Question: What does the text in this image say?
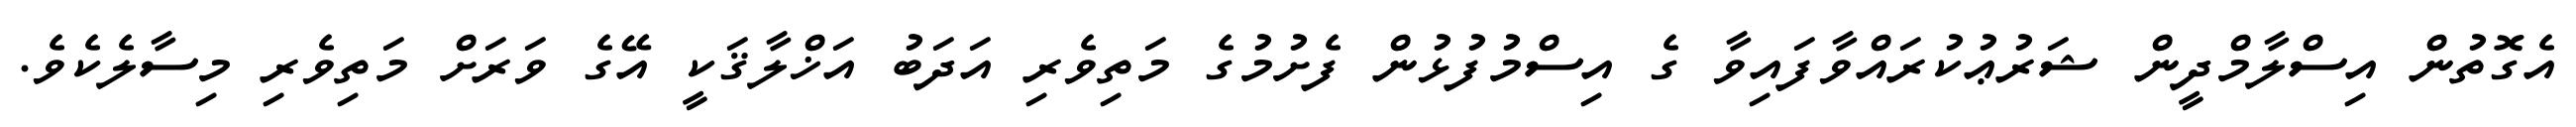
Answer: އެގޮތުން އިސްލާމްދީން ޝަރުޢުކުރައްވާފައިވާ ގެ އިސްމުފުޅުން ފެށުމުގެ މަތިވެރި އަދަބު އަޚްލާޤަކީ އޭގެ ވަރަށް މަތިވެރި މިސާލެކެވެ.